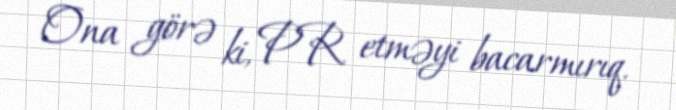
Ona görə ki, PR etməyi bacarmırıq.